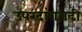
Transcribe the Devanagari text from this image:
उपरदांगगढी